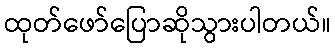
ထုတ်ဖော်ပြောဆိုသွားပါတယ်။